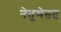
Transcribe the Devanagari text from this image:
नेतुमेतत्‌